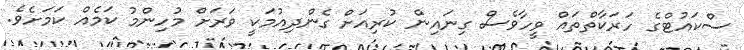
ސްކައުޓްގެ ހަރަކާތްތައް ވީހާވެސް ގިނައިން ކުރިއަށް ގެންދިއުމަކީ ވަރަށް މުހިންމު ކަމެއް ކަމަށެވެ.